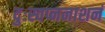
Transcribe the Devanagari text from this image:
दुःस्वप्ननाशनं